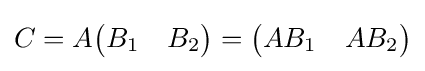
C=A{\begin{pmatrix}B_{1}&B_{2}\end{pmatrix}}={\begin{pmatrix}AB_{1}&AB_{2}\end{pmatrix}}